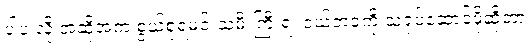
ပါပဲ လို အဆိုအက စွယ်စုံရမင်းသမီးကြီးရဲ့ ငယ်ဘဝကို သရုပ်ဆောင်ဖို့ဆိုတာ